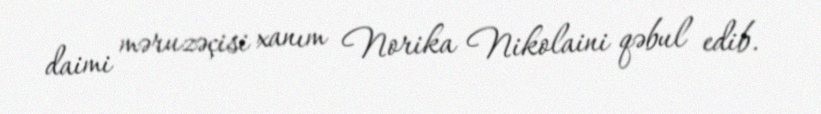
daimi məruzəçisi xanım Norika Nikolaini qəbul edib.